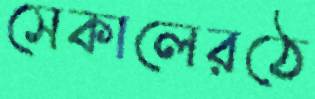
সেকালেরঠে